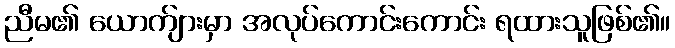
ညီမ၏ ယောက်ျားမှာ အလုပ်ကောင်းကောင်း ရထားသူဖြစ်၏။